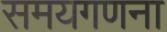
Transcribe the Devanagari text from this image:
समयगणना